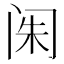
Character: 𲈼